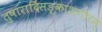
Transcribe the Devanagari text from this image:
तुषाराद्रिसङ्काशगौरम्